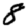
Digit: 8